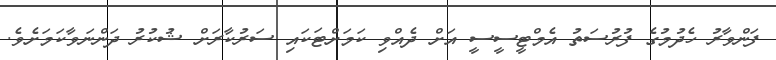
ފަންވާރު ހެދުމުގެ ފުރުސަތު އެމްޓީސީސީ އަށް ދެއްވި ކަަމަށްޓަކައި ސަރުކާރަށް ޝުކުރު ދަންނަވާކަމަށެވެ.